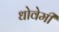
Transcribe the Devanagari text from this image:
धोवेमी